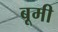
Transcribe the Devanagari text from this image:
बूमी